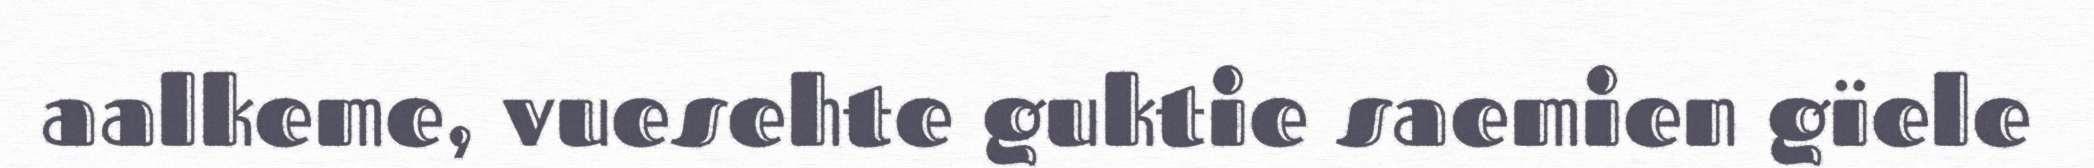
aalkeme, vuesehte guktie saemien gïele